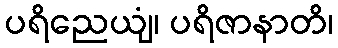
ပရိညေယျံ၊ ပရိဇာနာတိ၊